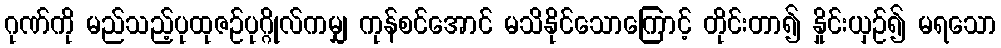
ဂုဏ်ကို မည်သည့်ပုထုဇဉ်ပုဂ္ဂိုလ်ကမျှ ကုန်စင်အောင် မသိနိုင်သောကြောင့် တိုင်းတာ၍ နှိုင်းယှဉ်၍ မရသော